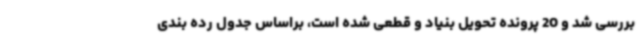
بررسی شد و 20 پرونده تحویل بنیاد و قطعی شده است، براساس جدول رده بندی